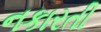
નકારતી